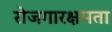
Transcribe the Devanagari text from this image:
रोजगारक्षमता